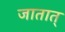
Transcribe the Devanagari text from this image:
जातात्